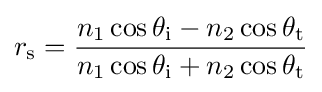
r_{\text{s}}={\frac {n_{1}\cos \theta _{\text{i}}-n_{2}\cos \theta _{\text{t}}}{n_{1}\cos \theta _{\text{i}}+n_{2}\cos \theta _{\text{t}}}}